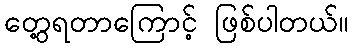
တွေ့ရတာကြောင့် ဖြစ်ပါတယ်။